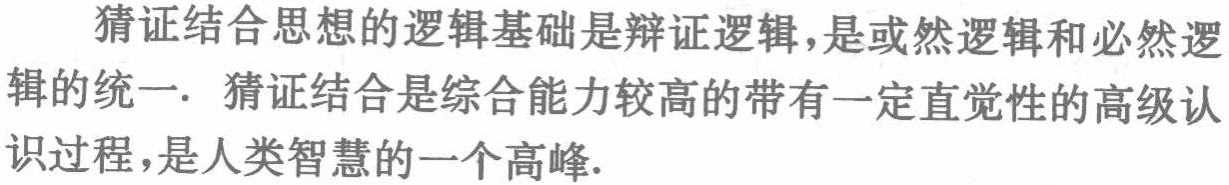
猜证结合思想的逻辑基础是辩证逻辑，是或然逻辑和必然逻辑的统一. 猜证结合是综合能力较高的带有一定直觉性的高级认识过程，是人类智慧的一个高峰.